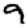
Digit: 9